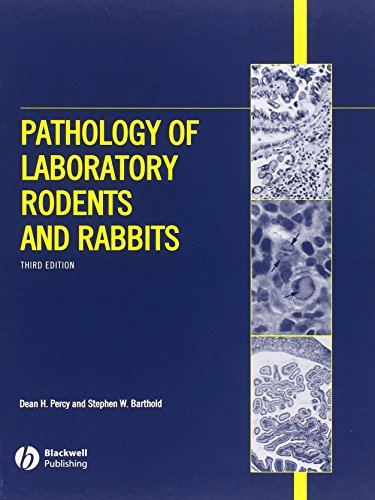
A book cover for Pathology of Laboratory Rodents and Rabbits, Third Edition; Dean H. Percy; Medical Books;